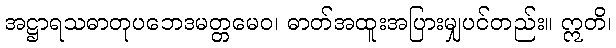
အဋ္ဌာရသဓာတုပဘေဒမတ္တမေဝ၊ ဓာတ်အထူးအပြားမျှပင်တည်း။ ဣတိ၊